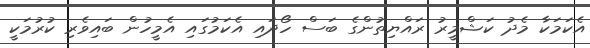
އެކަމަކާ މެދު ކަޝްމީރު ރައްޔިތުންގެ ބަސް ހޯދައި އެކަމުގައި އެމީހުން ބައިވެރި ކުރުމަކީ